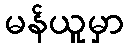
မန်ယူမှာ